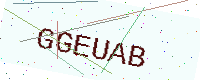
Text: GGEUAB